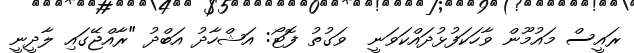
ރައީސް މައުމޫން ވާހަކަފުޅުދައްކަވަނީ  ވަގުތު ފޮޓޯ: އަޝްހާދު އަބްދު "ރާއްޖޭގައި ލާދީނީ